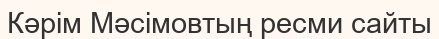
Кәрім Мәсімовтың ресми сайты